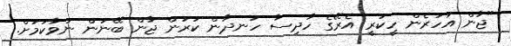
"ޖާން އަހަރެން ހީކުރީ އެރޭގެ ހާދިސާ ހަނދާން ކުރަން ޖާން ބޭނުން ނުވާކަމަށް.